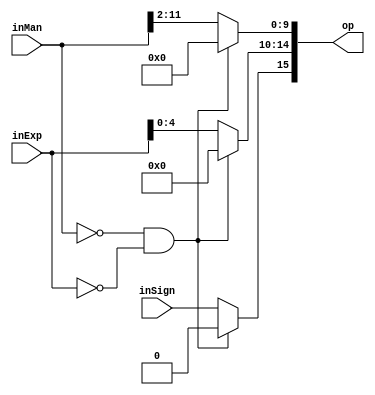
module setOutput (inMan, inExp, inSign, op);
	input [15:0] inMan;
	input [5:0] inExp;
	input inSign;
	output reg [15:0] op;
	always @ (*) begin 
		if((inMan == 16'd0) && (inExp == 6'd0)) begin
			op[15] = 1'b0;
			op[14:10] = 5'd0;
			op[9:0] = 10'd0;
		end
		else begin
			op[15] = inSign;
			op[14:10] = inExp[4:0];
			op[9:0] = inMan[11:2];
		end
	end
endmodule